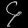
Digit: ၄